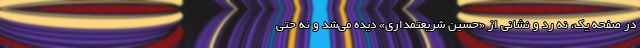
در صفحه یک، نه رد و نشانی از «حسین شریعتمداری» دیده می‌شد و نه حتی